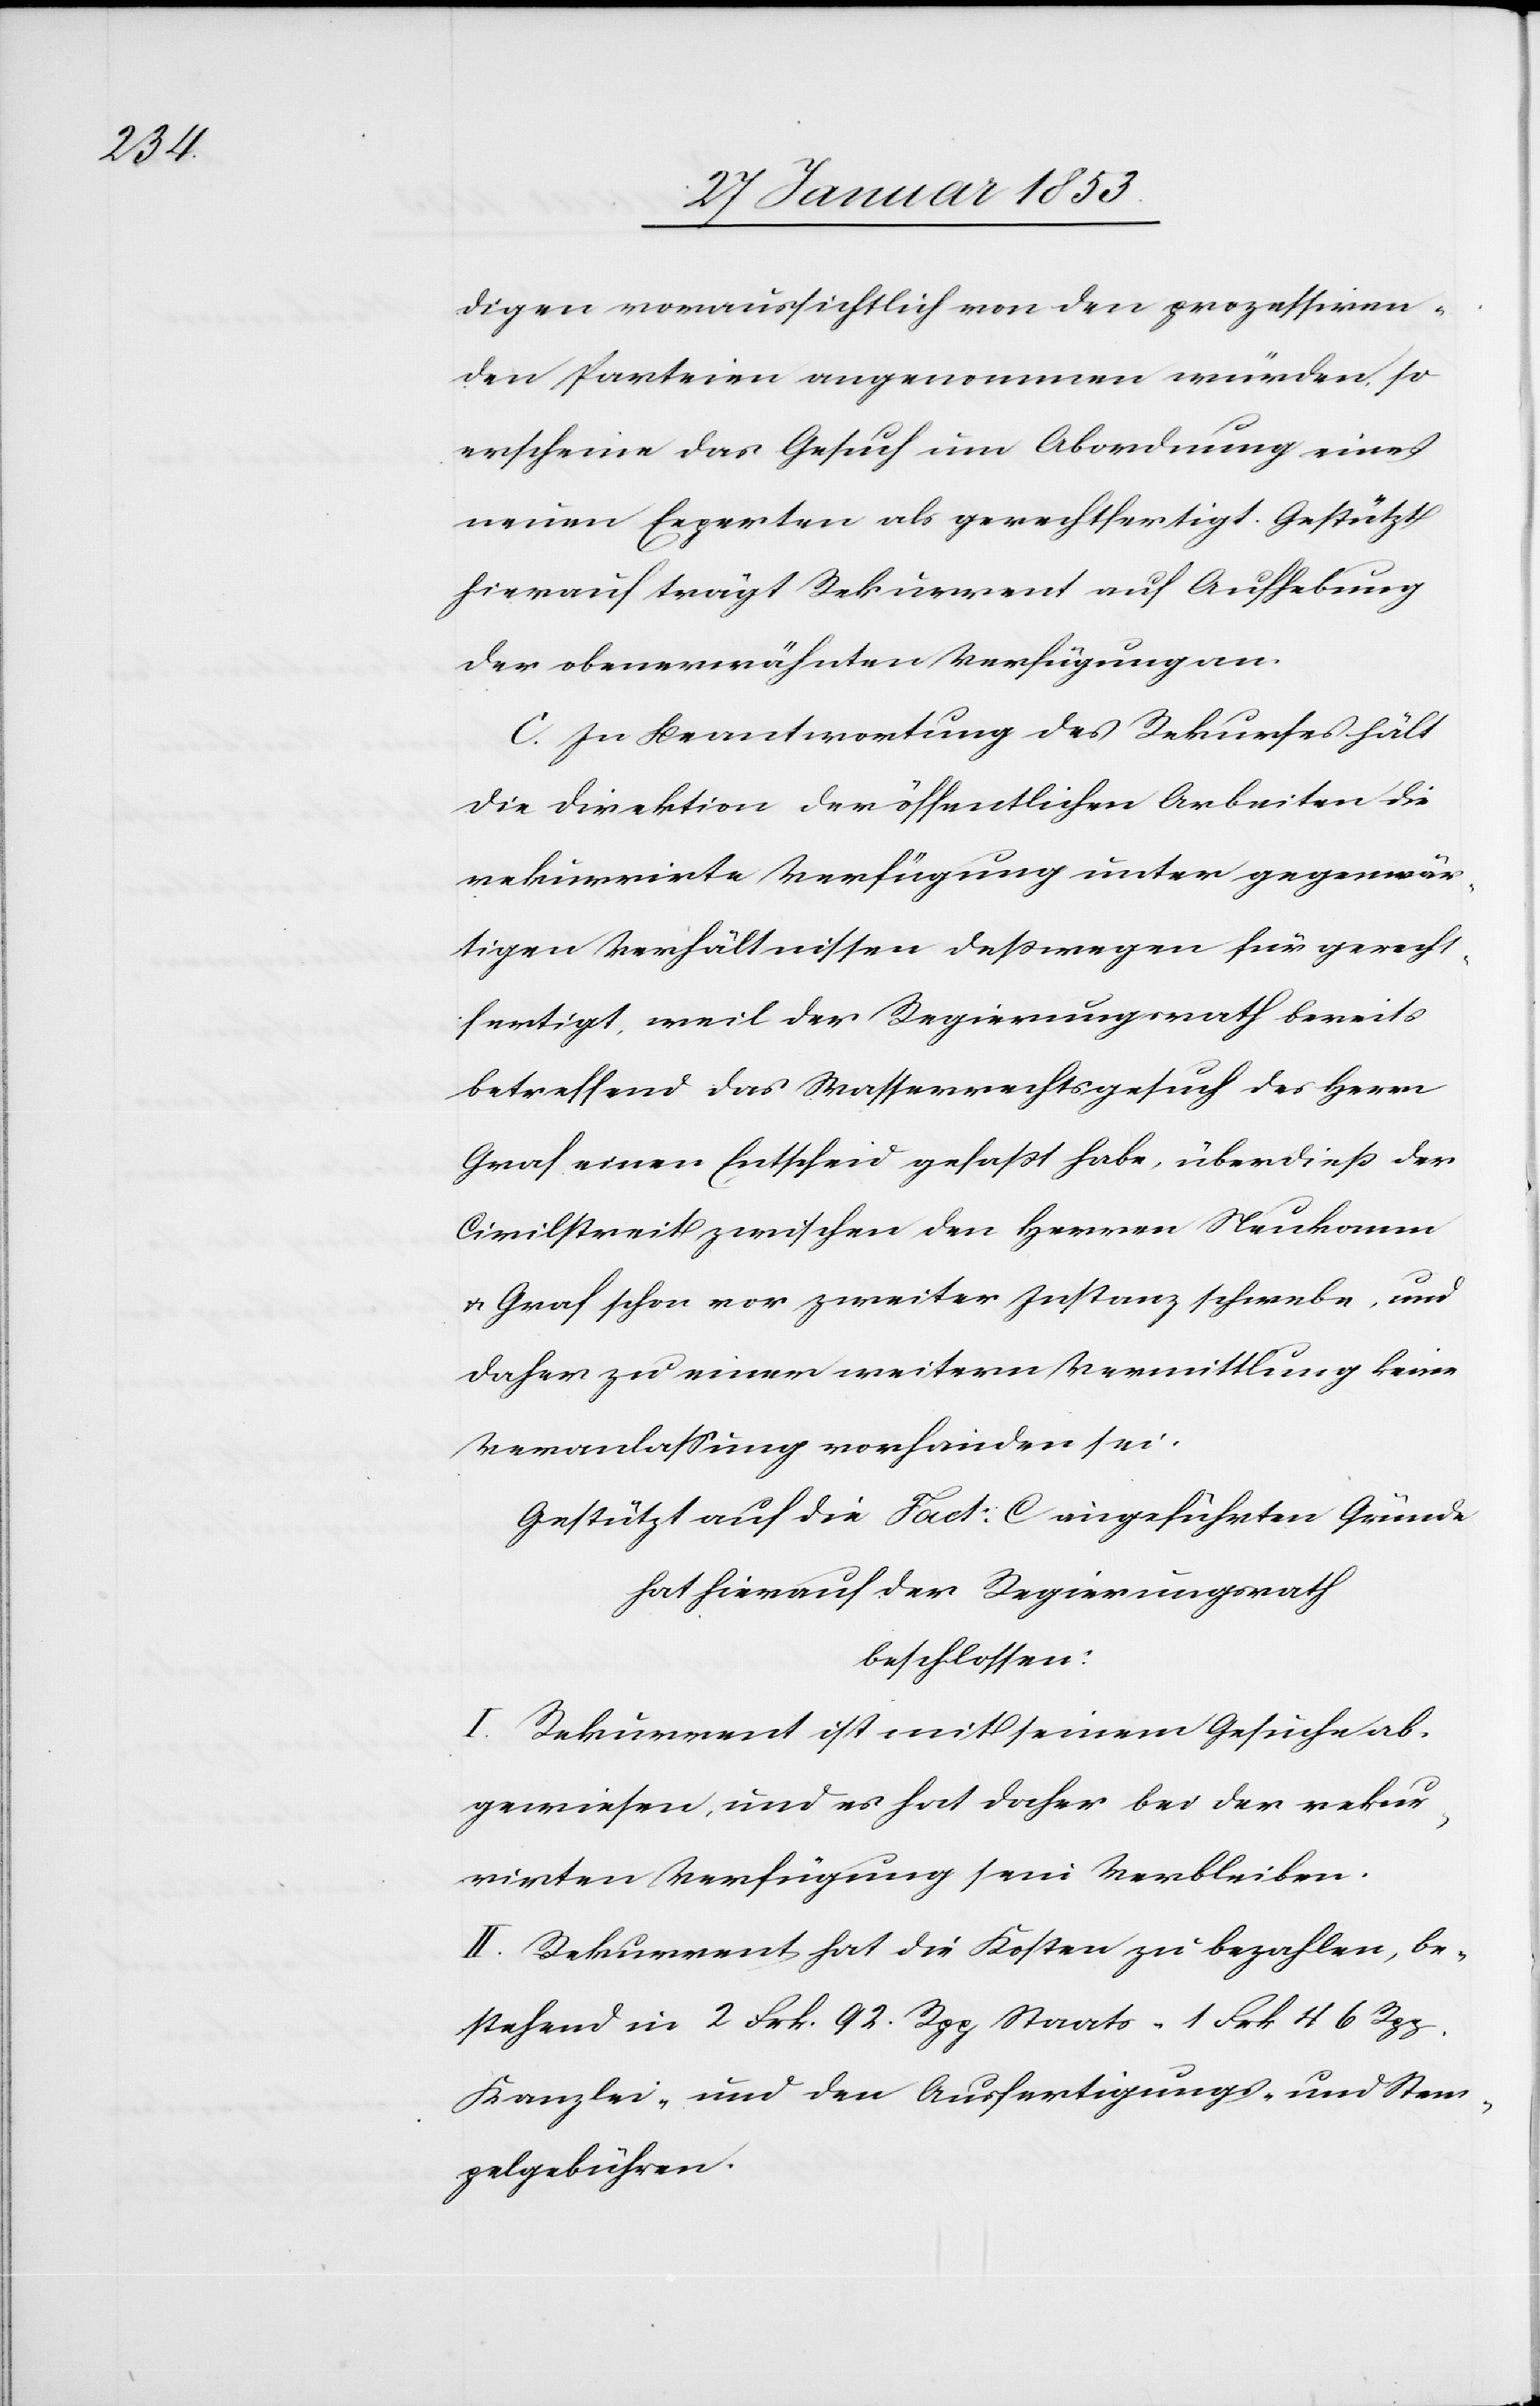
digen voraussichtlich von den prozessiren¬
den Parteien angenommen würden so
erscheine das Gesuch um Abordnung eines
neuen Experten als gerechtfertigt. Gestützt
hierauf trägt Rekurrent auf Aufhebung
der oberwähnten Verfügungen.
C. In Beantwortung des Rekurses hält
die Direktion der öffentlichen Arbeiten die
rekurrirte Verfügung unter gegenwär¬
tigen Verhältnissen deßwegen für gerecht¬
fertigt, weil der Regierungsrath bereits
betreffend das Wasserrechtsgesuch des Herrn
Graf einen Entscheid gefaßt habe, überdieß der
Civilstreit zwischen den Herrn Neukomm
u. Graf schon vor zweiter Instanz schwebe, und
daher zu einer weitern Vermittlung keine
Veranlaßung vorhanden sei.
Gestützt auf die Fact: C. angeführten Gründe
beschlossen:
I. Rekurrent ist mit seinem Gesuche ab¬
gewiesen, und es hat daher bei der rekur¬
rirten Verfügung sein Verbleiben.
II. Rekurrent hat die Kosten zu bezahlen, be¬
stehend in 2 Frk. 92. Rpp. Staats- 1 Frk. 46 Rpp.
Kanzlei- und den Ausfertigungs- und Stem¬
pelgebühren.